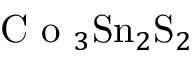
\mathrm { ~ C ~ o ~ } _ { 3 } \mathrm { S n } _ { 2 } \mathrm { S } _ { 2 }